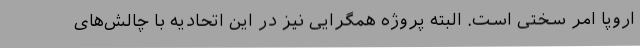
اروپا امر سختی است. البته پروژه همگرایی نیز در این اتحادیه با چالش‌های